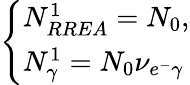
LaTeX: \left\{ \begin{array}{ll}{N_{RREA}^{1}=N_{0},}\\ {N_{\gamma}^{1}=N_{0}\nu_{e^{-}\gamma}}\end{array}\right.